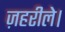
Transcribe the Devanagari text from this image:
ज़हरीले।